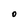
Character: 0